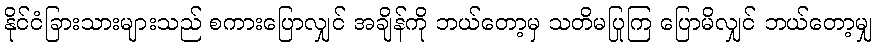
နိုင်ငံခြားသားများသည် စကားပြောလျှင် အချိန်ကို ဘယ်တော့မှ သတိမပြုကြ ပြောမိလျှင် ဘယ်တော့မျှ